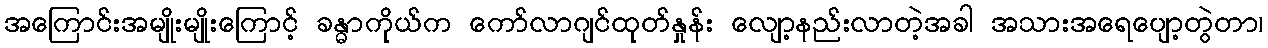
အကြောင်းအမျိုးမျိုးကြောင့် ခန္ဓာကိုယ်က ကော်လာဂျင်ထုတ်နှုန်း လျော့နည်းလာတဲ့အခါ အသားအရေပျော့တွဲတာ၊